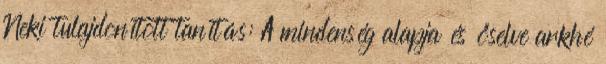
Neki tulajdonított tanítás: A mindenség alapja és őselve arkhé